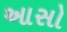
આસો